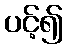
ပင့်၍